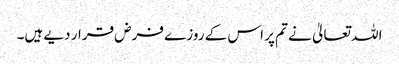
اللہ تعالیٰ نے تم پر اس کے روزے فرض قرار دیے ہیں۔